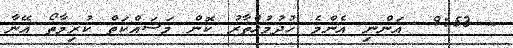
- 9:53  އަންނި އެންމެ ޚުދުމުޚްތާރު ކޮން މަސައްކަތް ކުރިމާތޯ އޭނާ